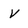
Character: v